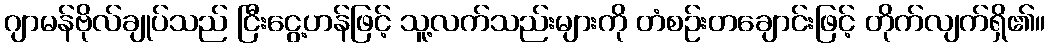
ဂျာမန်ဗိုလ်ချုပ်သည် ငြီးငွေ့ဟန်ဖြင့် သူ့လက်သည်းများကို တံစဉ်းတချောင်းဖြင့် တိုက်လျက်ရှိ၏။